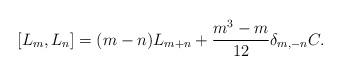
LaTeX: \begin{align*}[L_m, L_n] = (m-n) L_{m+n} + \frac{m^3-m}{12} \delta_{m, -n} C.\end{align*}